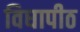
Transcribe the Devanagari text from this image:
विघापीठ